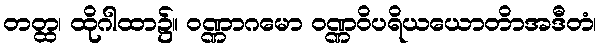
တတ္ထ၊ ထိုဂါထာ၌။ ဝဏ္ဏာဂမော ဝဏ္ဏဝိပရိယယောတိာအဒီတံ၊